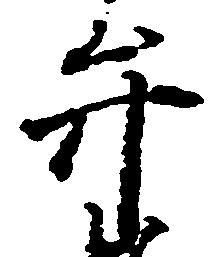
弁